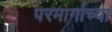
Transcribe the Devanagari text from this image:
परमार्गाच्या